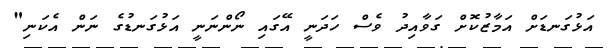
އަޅުގަނޑަށް އަމާޒުކޮށް ގަވާއިދު ވެސް ހަދަނީ އޭގައި ނޯންނަނީ އަޅުގަނޑުގެ ނަން އެކަނި"